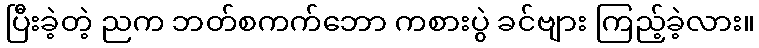
ပြီးခဲ့တဲ့ ညက ဘတ်စကက်ဘော ကစားပွဲ ခင်ဗျား ကြည့်ခဲ့လား။